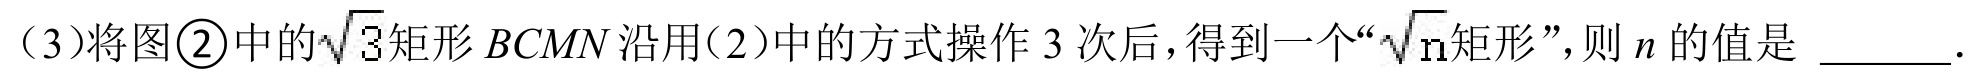
（3）将图\textcircled{2}中的\(\sqrt{3}\)矩形\(BCMN\)沿用（2）中的方式操作\(3\)次后，得到一个“\(\sqrt{n}\)矩形”，则\(n\)的值是 \_\_\_\_\_。